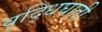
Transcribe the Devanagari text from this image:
वृद्धिघाती